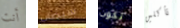
أنت سيصاب تكون تأكلين